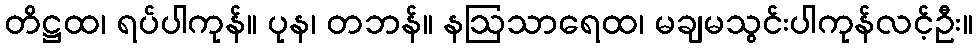
တိဋ္ဌထ၊ ရပ်ပါကုန်။ ပုန၊ တဘန်။ နဩသာရေထ၊ မချမသွင်းပါကုန်လင့်ဦး။